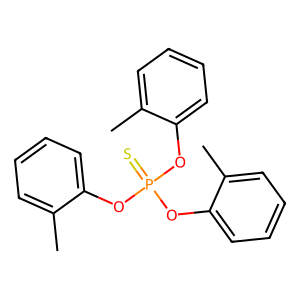
SMILES: Cc1ccccc1OP(=S)(Oc1ccccc1C)Oc1ccccc1C
Inhibits HIV replication: No